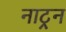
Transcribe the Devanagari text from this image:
नाट्रन